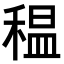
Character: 𥠺